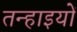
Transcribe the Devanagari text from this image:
तन्हाइयों